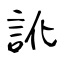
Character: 訛